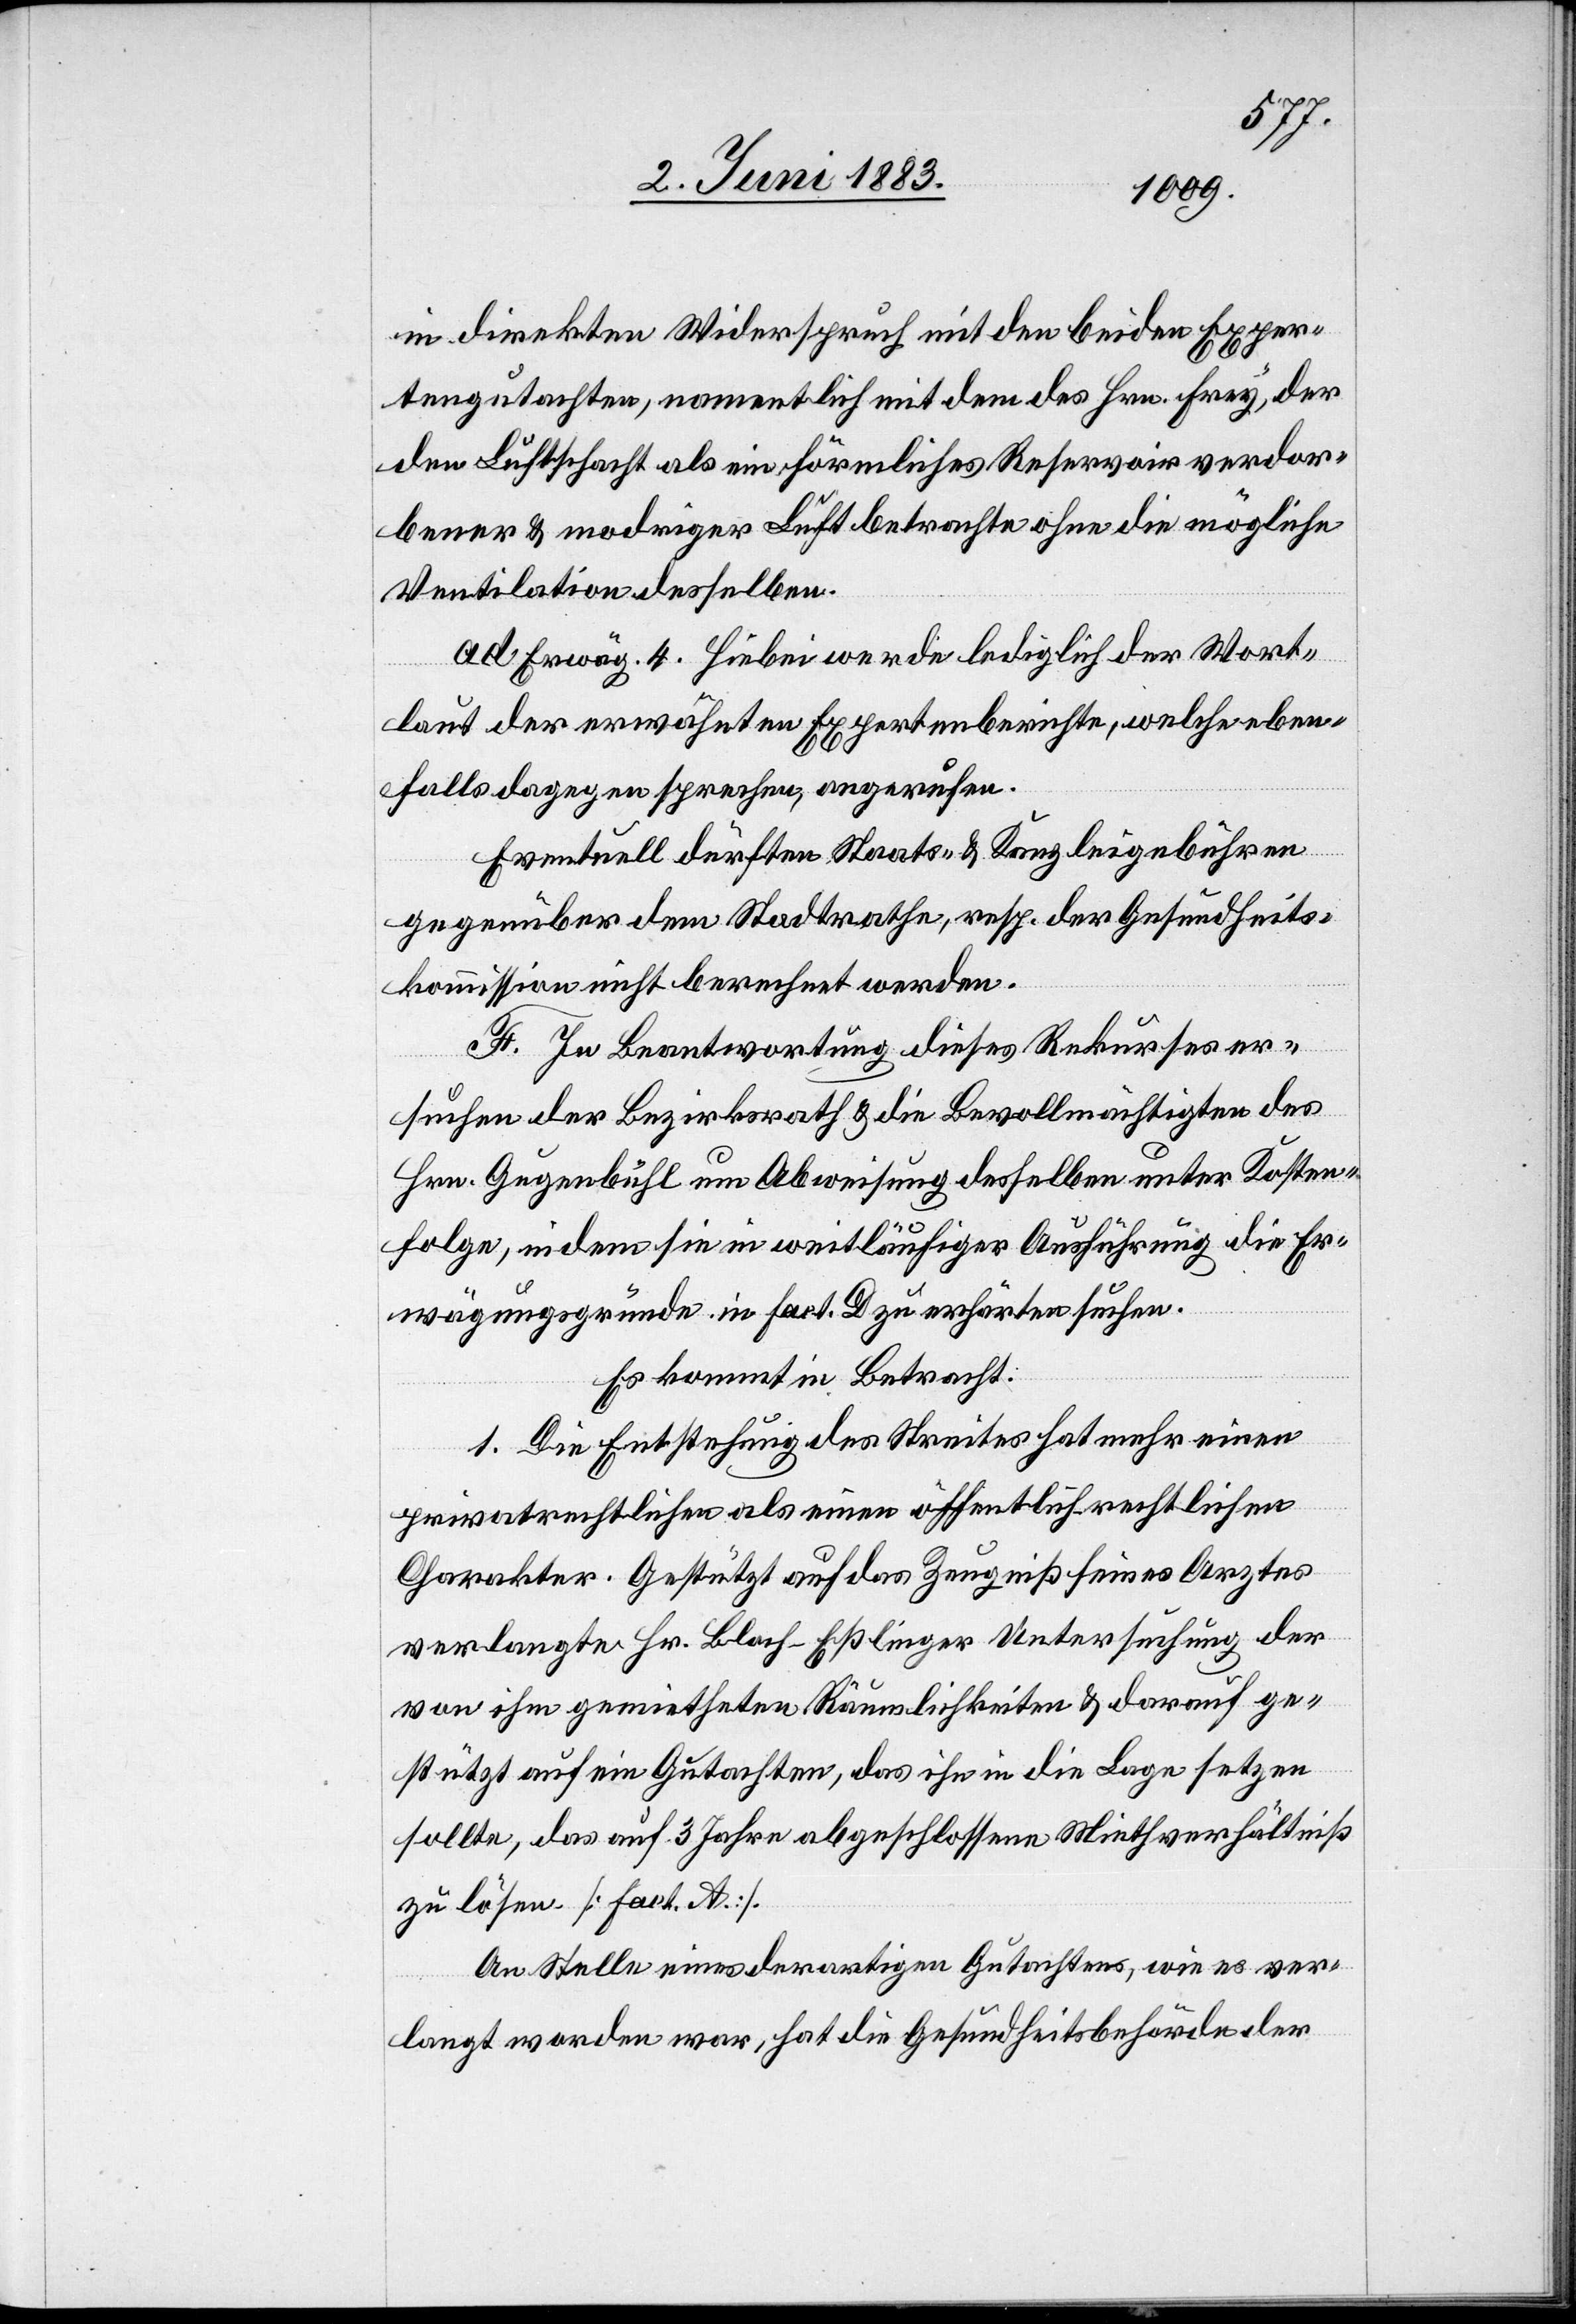
in direkten Widerspruch mit den beiden Exper¬
tengutachten, namentlich mit dem des Hrn. Frey, der
den Luftschacht als ein förmliches Reservoir verdor¬
bener & modriger Luft betrachte ohne die mögliche
Ventilation desselben.
ad. Erwäg. 4. Hiebei werde lediglich der Wort¬
laut der erwähnten Expertenberichte, welche eben¬
falls dagegen sprechen, angerufen.
Eventuell dürften Staats- & Kanzleigebühren
gegenüber dem Stadtrathe, resp. der Gesundheits¬
kommission nicht berechnet werden.
F. In Beantwortung dieses Rekurses er¬
suchen der Bezirksrath & die Bevollmächtigten des
Hr. Guggenbühl um Abweisung desselben unter Kosten¬
folge, indem sie in weitläufiger Ausführung die Er¬
wägungsgründe in fact. D zu erhärten suchen.
Es kommt in Betracht:
1. Die Entstehung des Streites hat mehr einen
privatrechtlichen als einen öffentlich rechtlichen
Charakter. Gestützt auf das Zeugniß seines Arztes
verlangte Hr. Bloch-Eßlinger Untersuchung der
von ihm gemietheten Räumlichkeiten & darauf ge¬
stützt auf ein Gutachten, das ihn in die Lage setzen
sollte, das auf 3 Jahre abgeschlossene Miethverhältniß
zu lösen. [fact. A].
An Stelle eines derartigen Gutachtens, wie es ver¬
langt worden war, hat die Gesundheitsbehörde der